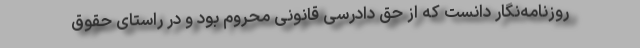
روزنامه‌نگار دانست که از حق دادرسی قانونی محروم بود و در راستای حقوق